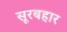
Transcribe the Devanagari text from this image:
सूरबहार